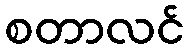
စတာလင်